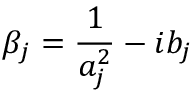
\beta _ { j } = \frac { 1 } { a _ { j } ^ { 2 } } - i b _ { j }